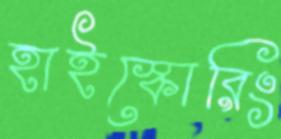
হাইস্কোরিং